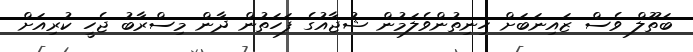
ބަަތޫލް ވެސް ޒައިނަބަށް ހިނިތުންވެލަމުން ޝުޖާއުގެ ފަހަތުން ދާން މިސްރާބު ޖެހީ ކުރިއަށް